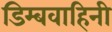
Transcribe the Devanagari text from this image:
डिम्बवाहिनी